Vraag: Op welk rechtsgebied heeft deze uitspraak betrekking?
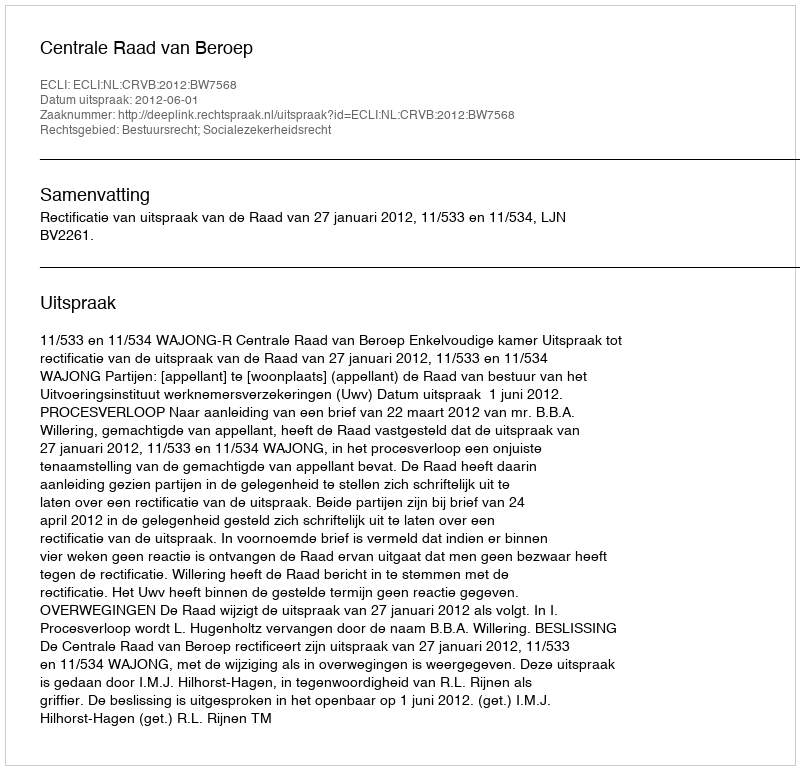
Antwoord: Bestuursrecht; Socialezekerheidsrecht